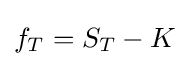
f_{T}=S_{T}-K